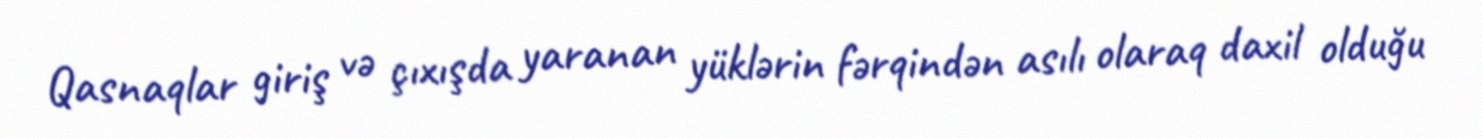
Qasnaqlar giriş və çıxışda yaranan yüklərin fərqindən asılı olaraq daxil olduğu